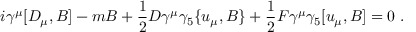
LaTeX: i \gamma ^ { \mu } [ D _ { \mu } , B ] - m B + \frac { 1 } { 2 } D \gamma ^ { \mu } \gamma _ { 5 } \{ u _ { \mu } , B \} + \frac { 1 } { 2 } F \gamma ^ { \mu } \gamma _ { 5 } [ u _ { \mu } , B ] = 0 \, \, .